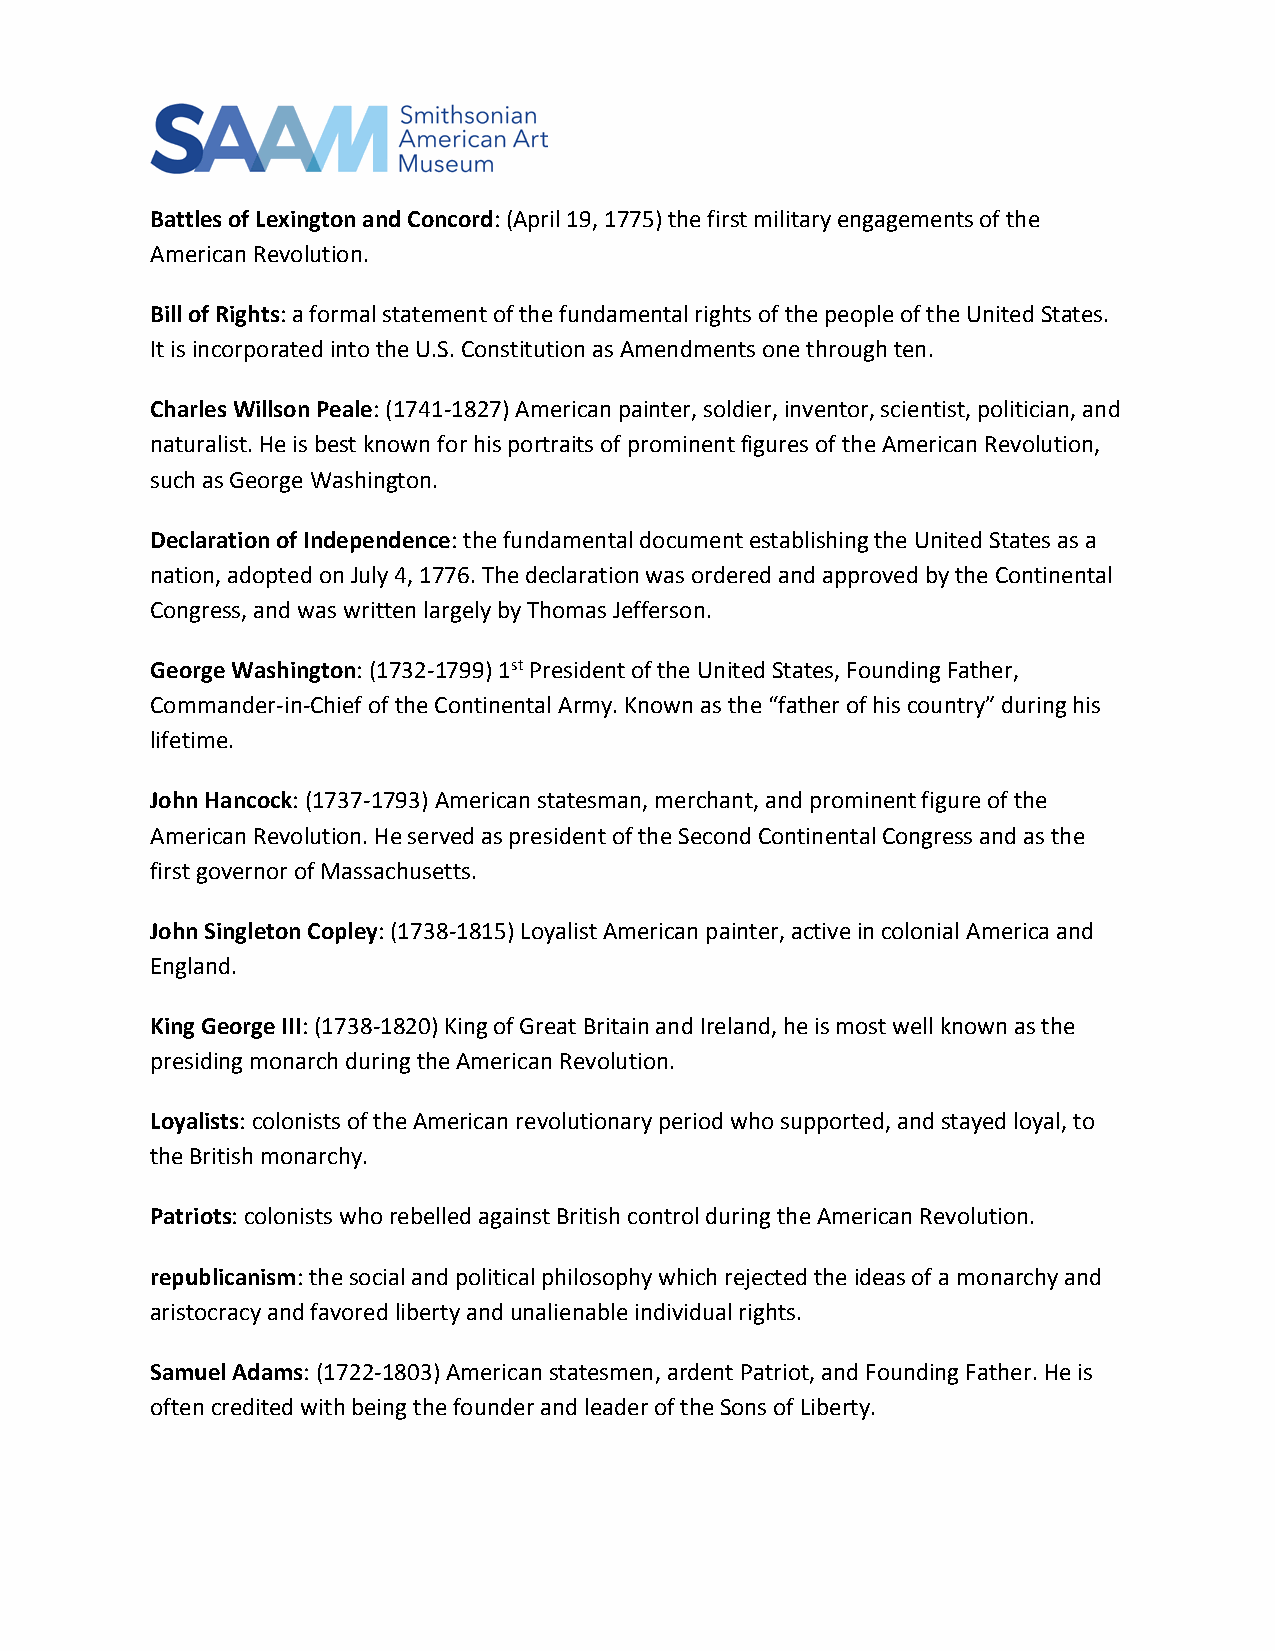
Battles of Lexington and Concord: (April 19, 1775) the first military engagements of the
 American Revolution.
 Bill of Rights: a formal statement of the fundamental rights of the people of the United States.
 It is incorporated into the U.S. Constitution as Amendments one through ten.
 Charles Willson Peale: (1741-1827) American painter, soldier, inventor, scientist, politician, and
 naturalist. He is best known for his portraits of prominent figures of the American Revolution,
 such as George Washington.
 Declaration of Independence: the fundamental document establishing the United States as a
 nation, adopted on July 4, 1776. The declaration was ordered and approved by the Continental
 Congress, and was written largely by Thomas Jefferson.
 George Washington: (1732-1799) 1st President of the United States, Founding Father,
 Commander-in-Chief of the Continental Army. Known as the “father of his country” during his
 lifetime.
 John Hancock: (1737-1793) American statesman, merchant, and prominent figure of the
 American Revolution. He served as president of the Second Continental Congress and as the
 first governor of Massachusetts.
 John Singleton Copley: (1738-1815) Loyalist American painter, active in colonial America and
 England.
 King George III: (1738-1820) King of Great Britain and Ireland, he is most well known as the
 presiding monarch during the American Revolution.
 Loyalists: colonists of the American revolutionary period who supported, and stayed loyal, to
 the British monarchy.
 Patriots: colonists who rebelled against British control during the American Revolution.
 republicanism: the social and political philosophy which rejected the ideas of a monarchy and
 aristocracy and favored liberty and unalienable individual rights.
 Samuel Adams: (1722-1803) American statesmen, ardent Patriot, and Founding Father. He is
 often credited with being the founder and leader of the Sons of Liberty.